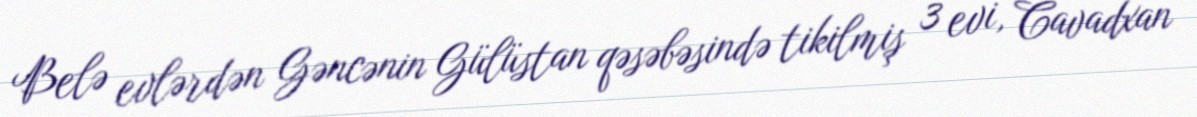
Belə evlərdən Gəncənin Gülüstan qəsəbəsində tikilmiş 3 evi, Cavadxan